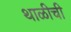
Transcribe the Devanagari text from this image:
थाळीची